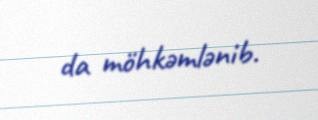
da möhkəmlənib.